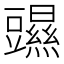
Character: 䝃